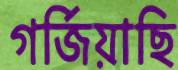
গর্জিয়াছি